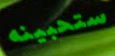
ستحبينه